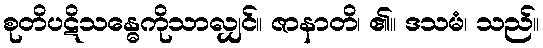
စုတိပဋိသန္ဓေကိုသာလျှင်။ ဇာနာတိ၊ ၏။ ဒသမံ၊ သည်။